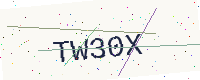
Text: TW30X